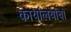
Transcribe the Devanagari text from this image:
कार्यालयांचा